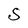
Character: S